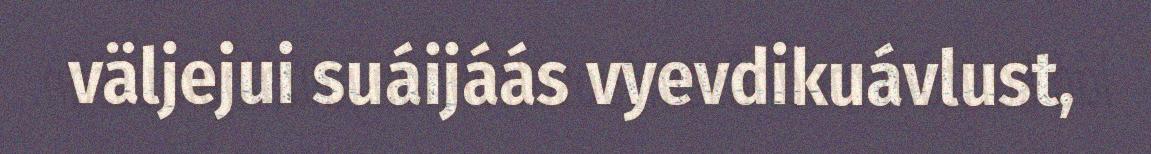
väljejui suáijáás vyevdikuávlust,